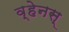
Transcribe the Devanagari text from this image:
व्हेनस्